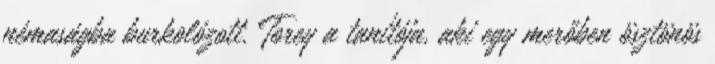
némaságba burkolózott. Torey a tanítója, aki egy merőben ösztönös